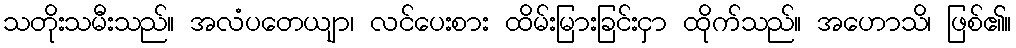
သတိုးသမီးသည်။ အလံပတေယျာ၊ လင်ပေးစား ထိမ်းမြားခြင်းငှာ ထိုက်သည်။ အဟောသိ၊ ဖြစ်၏။